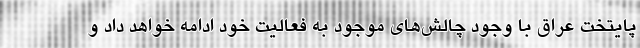
پایتخت عراق با وجود چالش‌های موجود به فعالیت خود ادامه خواهد داد و